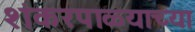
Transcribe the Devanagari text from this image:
शंकरपाळ्याच्या